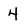
Character: 4